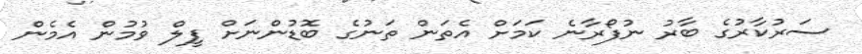
ސަރުކާރުގެ ބާރު ނުފޯރާނެ ކަމަށް އެތަން ތަނުގެ ބޮޑުންނަށް ފީލް ވުމުން އެމެން